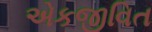
એકજીવિત